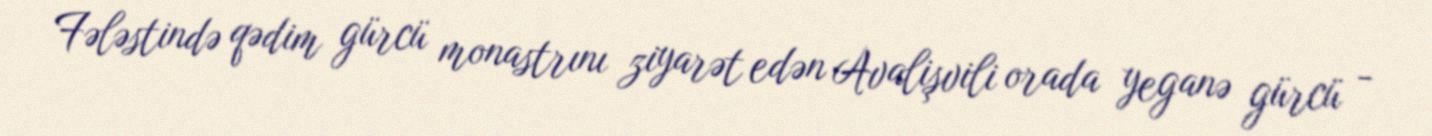
Fələstində qədim gürcü monastrını ziyarət edən Avalişvili orada yeganə gürcü -